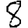
Digit: 8